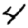
Digit: 4